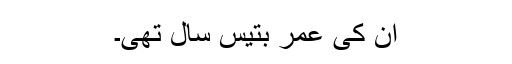
ان کی عمر بتیس سال تھی۔